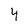
Character: 4